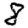
Digit: 8